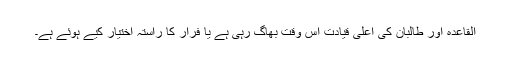
القاعدہ اور طالبان کی اعلیٰ قیادت اس وقت بھاگ رہی ہے یا فرار کا راستہ اختیار کیے ہوئے ہے۔